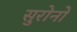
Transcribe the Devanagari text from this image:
सुरोनो